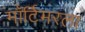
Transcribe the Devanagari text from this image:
मॉर्टिमरला